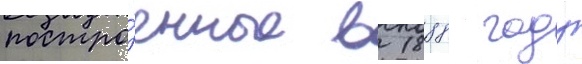
постро́енные в 1888 году